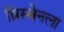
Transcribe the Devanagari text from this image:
ब्रिस्बेनला